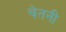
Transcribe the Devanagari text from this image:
चेतनी